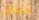
فالمكان